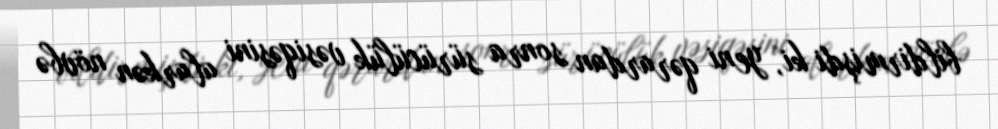
bildirmişdi ki, yeni qərardan sonra sürücülük vəsiqəsini alarkən növbə